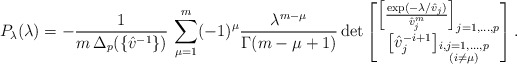
\begin{align*}P_\lambda(\lambda)=-\frac{1}{m\,\Delta_p(\{\hat{v}^{-1}\}) }\, \sum_{\mu=1}^m (-1)^{\mu}\frac{\lambda^{m-\mu}}{\Gamma(m-\mu+1)}\det\begin{bmatrix} \left[\frac{\exp(-\lambda/\hat{v}_j)}{\hat{v}_j^m}\right]_{j=1,...,p} \\ \left[\hat{v}_j^{-i+1}\right]_{\substack{i,j=1,...,p \\ (i\neq \mu)}}\end{bmatrix} .\end{align*}